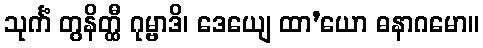
သုင်္ကံ တွနိတ္ထီ ဂုမ္ဗာဒိ၊ ဒေယျေ ထာ’ယော ဓနာဂမော။